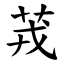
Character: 茙